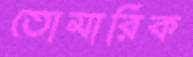
তোমারিক